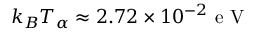
k _ { B } T _ { \alpha } \approx 2 . 7 2 \times 1 0 ^ { - 2 } \mathrm { ~ e ~ V ~ }